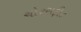
ચોરસફીટ